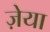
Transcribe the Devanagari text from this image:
ज़ेया